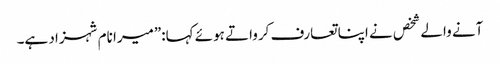
آنے والے شخص نے اپنا تعارف کرواتے ہوئے کہا:”میرا نام شہزاد ہے۔